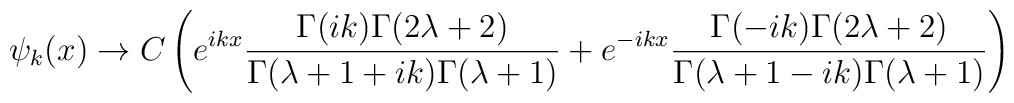
\psi_k(x) \rightarrow C\left(e^{ikx}\frac{\Gamma(ik)\Gamma(2\lambda +2)}{\Gamma(\lambda+1+ik)\Gamma(\lambda+1)}+e^{-ikx}\frac{\Gamma(-ik)\Gamma(2\lambda +2)}{\Gamma(\lambda+1-ik)\Gamma(\lambda+1)}\right)